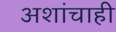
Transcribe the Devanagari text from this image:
अशांचाही